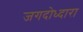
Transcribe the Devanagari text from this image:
जगदोध्दारा